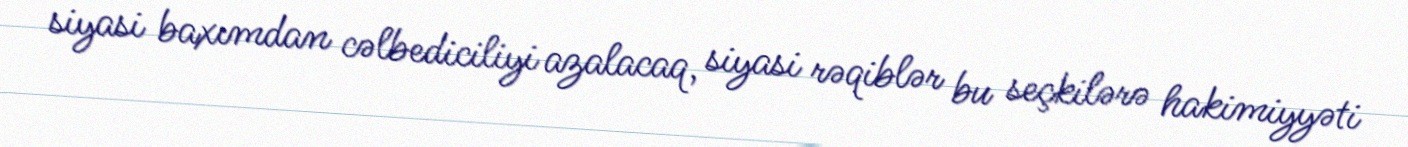
siyasi baxımdan cəlbediciliyi azalacaq, siyasi rəqiblər bu seçkilərə hakimiyyəti